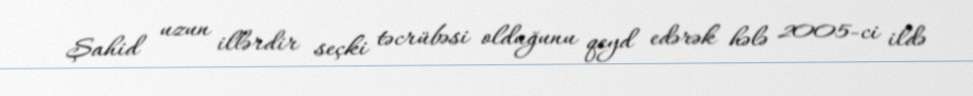
Şahid uzun illərdir seçki təcrübəsi olduğunu qeyd edərək hələ 2005-ci ildə